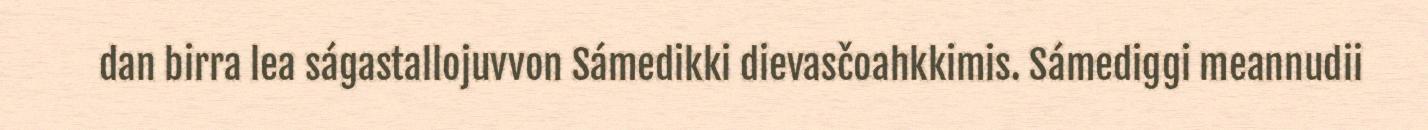
dan birra lea ságastallojuvvon Sámedikki dievasčoahkkimis. Sámediggi meannudii